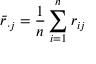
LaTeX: { \bar { r } } _ { \cdot j } = { \frac { 1 } { n } } \sum _ { i = 1 } ^ { n } { r _ { i j } }